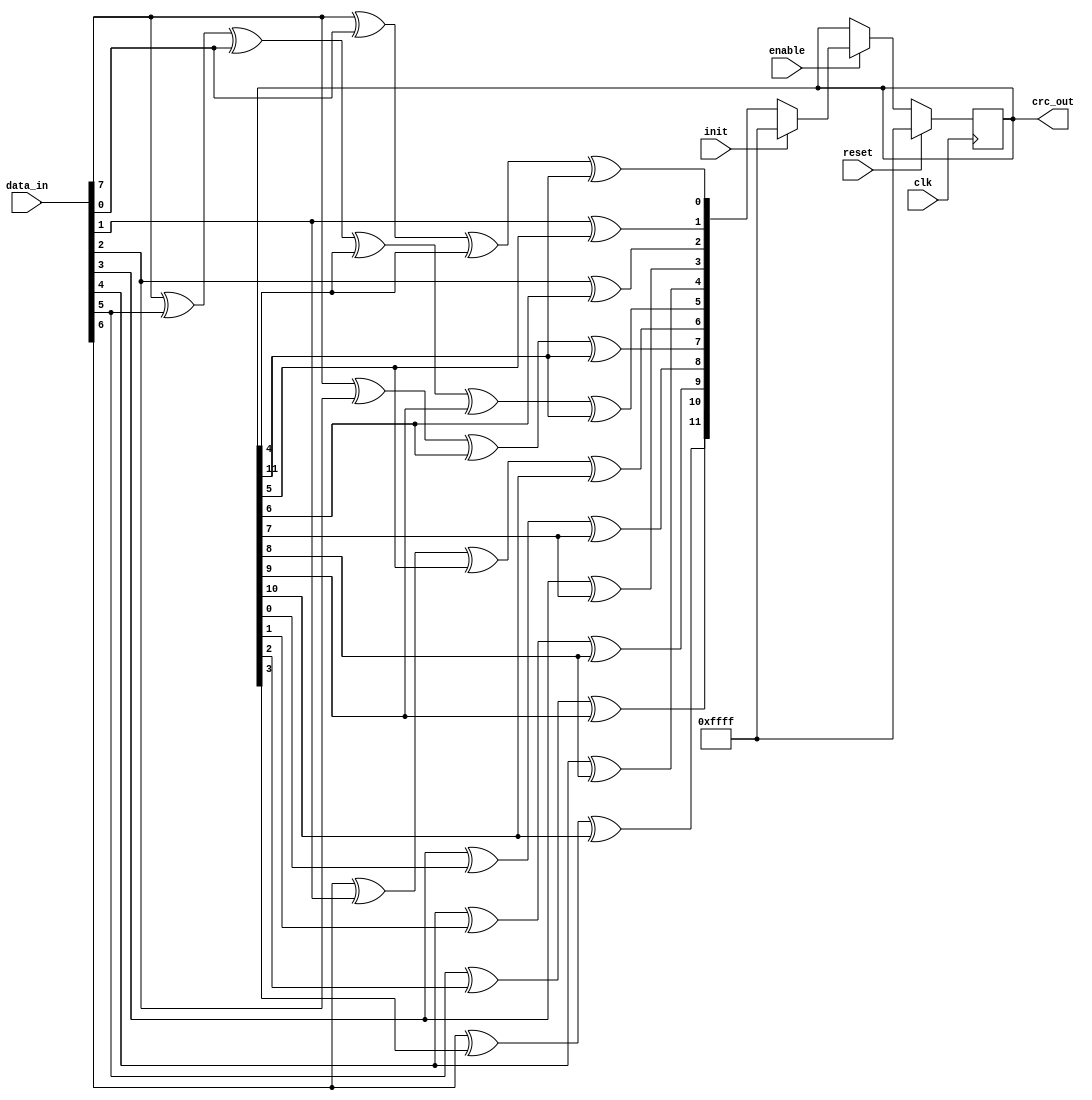
//-----------------------------------------------------
// Design Name : parallel_crc_ccitt
// Function    : CCITT Parallel CRC
// Coder       : Deepak Kumar Tala
//-----------------------------------------------------
module parallel_crc_ccitt (
clk     ,
reset   ,
enable  ,
init    , 
data_in , 
crc_out
);
//-----------Input Ports---------------
input clk     ;
input reset   ;
input enable  ;
input init    ;
input [7:0] data_in ;
//-----------Output Ports---------------
output [15:0] crc_out;
//------------Internal Variables--------
reg [15:0]   crc_reg;
wire [15:0]  next_crc;
//-------------Code Start-----------------
assign crc_out = crc_reg;
// CRC Control logic
always @ (posedge clk)
if (reset) begin
  crc_reg <= 16'hFFFF;
end else if (enable) begin
  if (init) begin
     crc_reg <= 16'hFFFF;
  end else begin
     crc_reg <= next_crc;
  end
end
// Parallel CRC calculation
assign next_crc[0] = data_in[7] ^ data_in[0] ^ crc_reg[4] ^ crc_reg[11];
assign next_crc[1] = data_in[1] ^ crc_reg[5];
assign next_crc[2] = data_in[2] ^ crc_reg[6];
assign next_crc[3] = data_in[3] ^ crc_reg[7];
assign next_crc[4] = data_in[4] ^ crc_reg[8];
assign next_crc[5] = data_in[7] ^ data_in[5] ^ data_in[0] ^ crc_reg[4] ^ crc_reg[9] ^ crc_reg[11];
assign next_crc[6] = data_in[6] ^ data_in[1] ^ crc_reg[5] ^ crc_reg[10];
assign next_crc[7] = data_in[7] ^ data_in[2] ^ crc_reg[6] ^ crc_reg[11];
assign next_crc[8] = data_in[3] ^ crc_reg[0] ^ crc_reg[7];
assign next_crc[9] = data_in[4] ^ crc_reg[1] ^ crc_reg[8];
assign next_crc[10] = data_in[5] ^ crc_reg[2] ^ crc_reg[9];
assign next_crc[11] = data_in[6] ^ crc_reg[3] ^ crc_reg[10];

endmodule